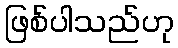
ဖြစ်ပါသည်ဟု